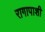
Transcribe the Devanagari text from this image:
रागापाशी